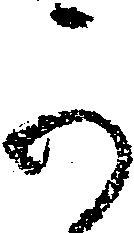
可